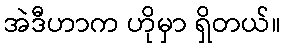
အဲဒီဟာက ဟိုမှာ ရှိတယ်။